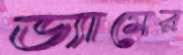
ড্যামের